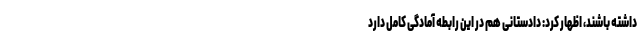
داشته باشند، اظهار کرد: دادستانی هم در این رابطه آمادگی کامل دارد